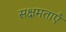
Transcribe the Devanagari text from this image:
सक्षमताएँ